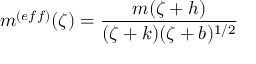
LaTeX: m ^ { ( e f f ) } ( \zeta ) = \frac { m ( \zeta + h ) } { ( \zeta + k ) ( \zeta + b ) ^ { 1 / 2 } }